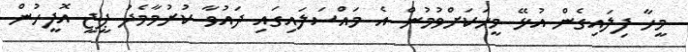
މީހާ ފިލައިގެން އުޅޭ މީހަކަށްވުމުން އެ މައްސަލައިގައި ދައުވާ ކުރުމާމެދު ޕީޖީ އޮފީހުން